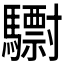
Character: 𩦾